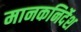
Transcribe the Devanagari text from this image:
मानकनिर्देश